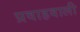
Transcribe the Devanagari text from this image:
प्रवाहवाली